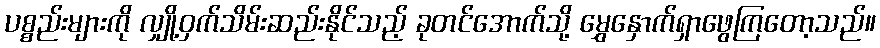
ပစ္စည်းများကို လျှို့ဝှက်သိမ်းဆည်းနိုင်သည့် ခုတင်အောက်သို့ မွှေနှောက်ရှာဖွေကြတော့သည်။